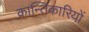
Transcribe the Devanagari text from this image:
क्रान्‍तिकारियों